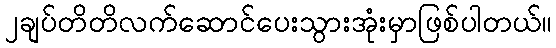
၂ချပ်တိတိလက်ဆောင်ပေးသွားအုံးမှာဖြစ်ပါတယ်။